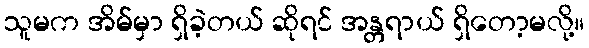
သူမက အိမ်မှာ ရှိခဲ့တယ် ဆိုရင် အန္တရာယ် ရှိတော့မလို့။